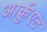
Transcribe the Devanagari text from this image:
आर्क़ुएट